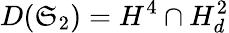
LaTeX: D(\mathfrak{S}_{2})=H^{4}\cap H_{d}^{2}